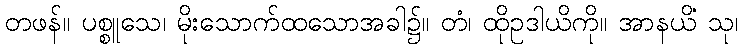
တဖန်။ ပစ္စူသေ၊ မိုးသောက်ထသောအခါ၌။ တံ၊ ထိုဥဒါယိကို။ အာနယိံ သု၊